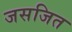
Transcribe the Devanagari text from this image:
जसजित